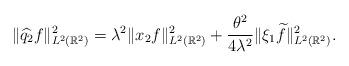
LaTeX: \begin{align*}\|\widehat{q_2}f\|_{L^2 (\mathbb{R}^2)}^2 = \lambda^2 \|x_2 f\|_{L^2 (\mathbb{R}^2)}^2 + \frac{\theta^2}{4 \lambda^2} \| \xi_1 \widetilde{f}\|_{L^2 (\mathbb{R}^2)}^2.\end{align*}